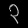
Digit: ၃